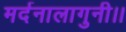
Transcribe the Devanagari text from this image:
मर्दनालागुनी।।